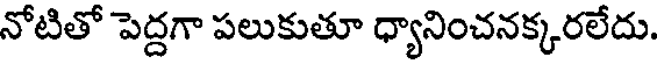
నోటితో పెద్దగా పలుకుతూ ధ్యానించనక్కరలేదు.